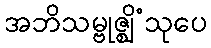
အဘိသမ္ဗုဇ္ဈိံသုပေ